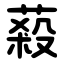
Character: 蔱